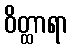
ဝိတ္ထာရာ